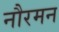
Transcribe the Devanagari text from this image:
नौरमन